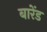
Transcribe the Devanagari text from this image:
बारेंड